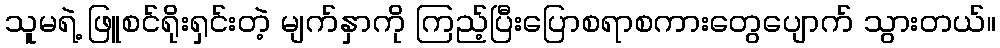
သူမရဲ့ ဖြူစင်ရိုးရှင်းတဲ့ မျက်နှာကို ကြည့်ပြီးပြောစရာစကားတွေပျောက် သွားတယ်။